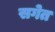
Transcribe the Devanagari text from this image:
सगेत